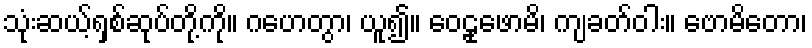
သုံးဆယ့်ရှစ်ဆုပ်တို့ကို။ ဂဟေတွာ၊ ယူ၍။ ဝေဠုဖောမိ၊ ကျခတ်ဝါး။ ဗောမိတော၊